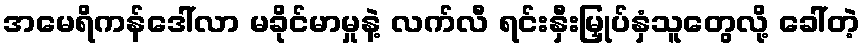
အမေရိကန်ဒေါ်လာ မခိုင်မာမှုနဲ့ လက်လီ ရင်းနှီးမြှုပ်နှံသူတွေလို့ ခေါ်တဲ့